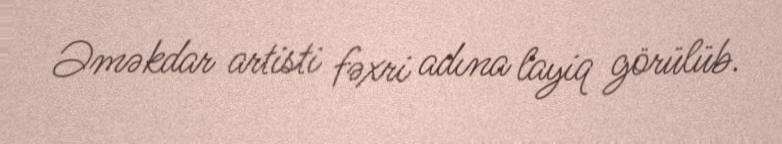
Əməkdar artisti fəxri adına layiq görülüb.